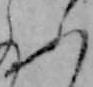
ふ